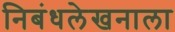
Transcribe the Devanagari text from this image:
निबंधलेखनाला